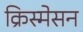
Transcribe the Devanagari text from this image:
क्रिस्मेसन